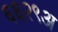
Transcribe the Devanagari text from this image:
६६२९अ